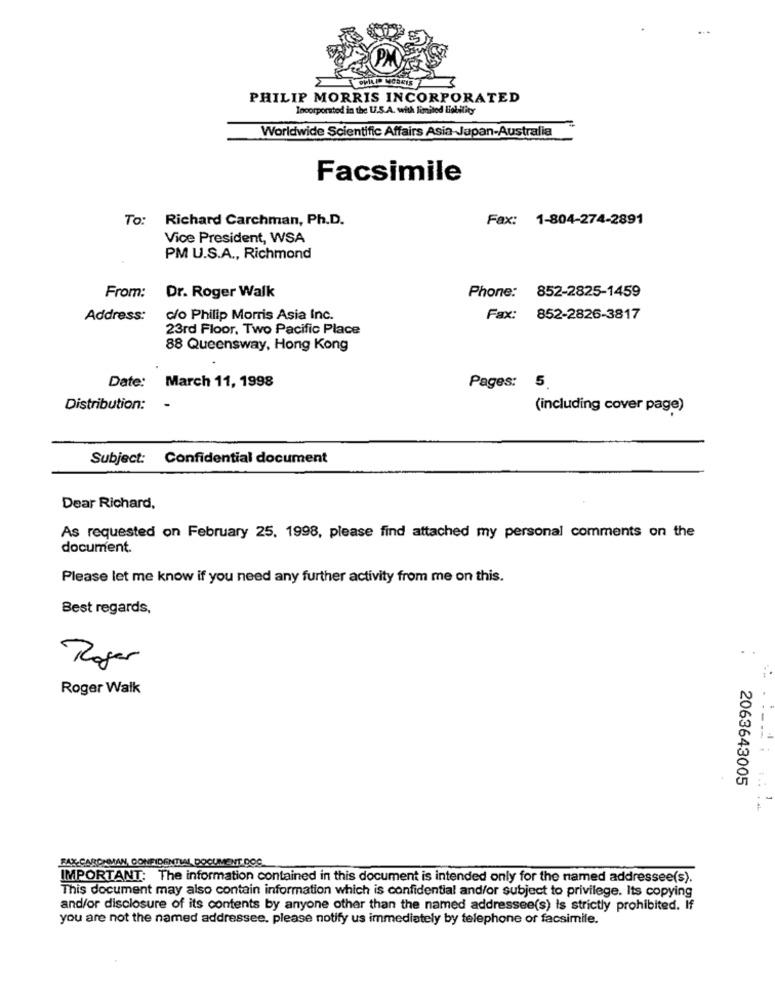
PHILIP MORRIS INCORPORATED
Incorporated in the U.S.A. with limited liability
Worldwide Scientific Affairs Asia-Japan-Australia
Facsimile
To:
Richard Carchman, Ph.D.
Fax: 1-804-274-2891
Vice President, WSA
PM U.S.A ., Richmond
Dr. Roger Walk
Phone: 852-2825-1459
From:
Address:
c/o Philip Morris Asia Inc.
Fax: 852-2826-3817
23rd Floor, Two Pacific Place
88 Queensway, Hong Kong
Date: March 11, 1998
Pages: 5
Distribution:
-
(including cover page)
Subject: Confidential document
Dear Richard,
As requested on February 25, 1998, please find attached my personal comments on the
document.
Please let me know if you need any further activity from me on this.
Best regards,
Roger
Roger Walk
2063643005
FAX-CARONMAN, CONFIDENTIAL DOCUMENT.DOS
IMPORTANT: The information contained in this document is intended only for the named addressee(s).
This document may also contain information which is confidential and/or subject to privilege. Its copying
and/or disclosure of its contents by anyone other than the named addressee(s) Is strictly prohibited. If
you are not the named addressee. please notify us immediately by telephone or facsimile.